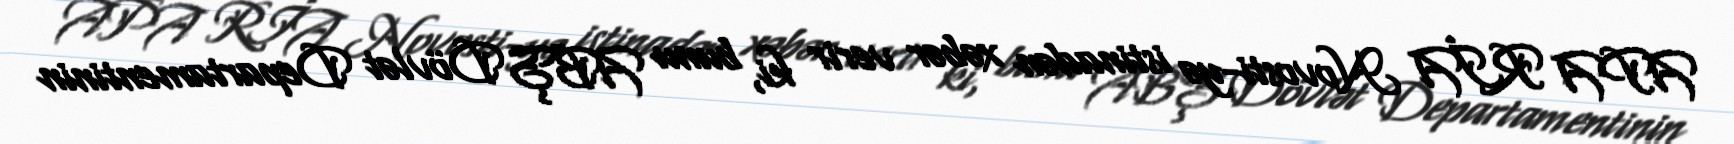
APA RİA Novosti-yə istinadən xəbər verir ki, bunu ABŞ Dövlət Departamentinin